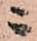
ニ